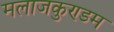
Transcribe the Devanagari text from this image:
मलाजकुण्डम